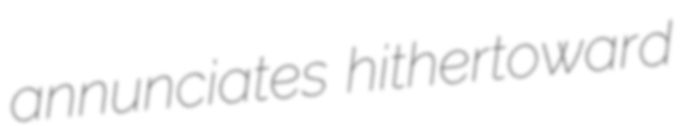
annunciates hithertoward